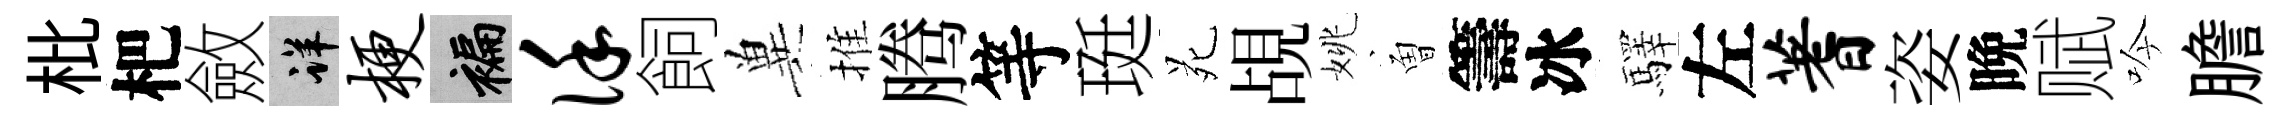
枇杷斂详梗褊谨飼兾推腾等珽苑覘姚曽籌冰驛左蓍姿晩赋吟膽